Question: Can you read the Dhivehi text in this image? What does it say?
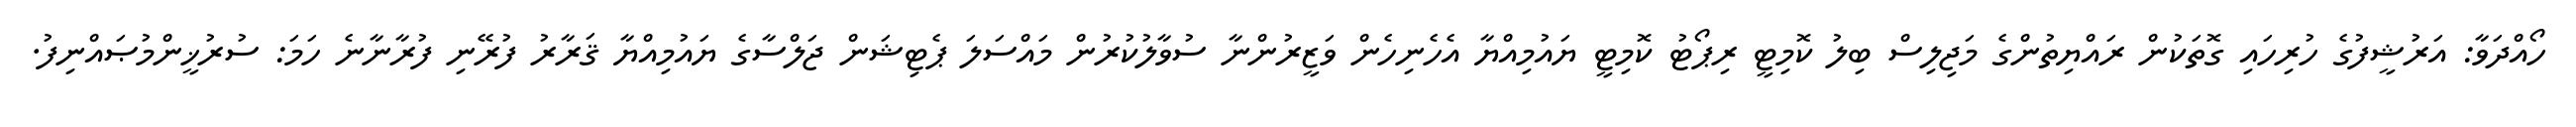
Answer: ހޯއްދަވާ: އަރުޝީފުގެ ހުރިހައި ގޮތަކުން ރައްޔިތުންގެ މަޖިލިސް ބިލު ކޮމިޓީ ރިޕޯޓު ކޮމިޓީ ޔައުމިއްޔާ އެހެނިހެން ވަޒީރުންނާ ސުވާލުކުރުން މައްސަލަ ޕެޓިޝަން ޖަލްސާގެ ޔައުމިއްޔާ ޤަރާރު ފުރޭނި ފުރާނާނެ ހަމަ: ސުރުޚީންމުޞައްނިފު.